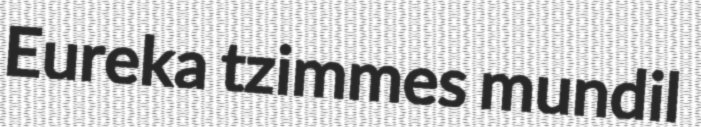
Eureka tzimmes mundil